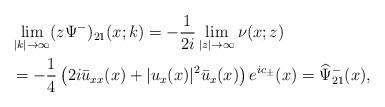
LaTeX: \begin{align*}\begin{aligned}&\lim _{|k| \rightarrow \infty} (z\Psi^-)_{21}(x ;k)=-\frac{1}{2i} \lim _{|z| \rightarrow \infty} \nu(x;z)\\&=-\frac{1}{4}\left(2 i \bar{u}_{xx}(x)+|u_x(x)|^{2} \bar{u}_x(x)\right) e^{ic_\pm}(x)=\widehat{\Psi}^-_{21}(x),\end{aligned}\end{align*}